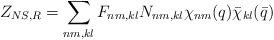
\begin{align*}Z_{NS,R}=\sum_{nm,kl}F_{nm,kl}N_{nm,kl}\chi _{nm}(q)\bar{\chi}_{kl}(\bar{q})\end{align*}